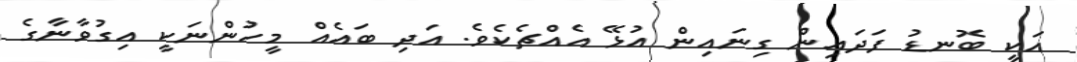
އަކީ ބޮނޑު ފަދައިން ގިނައިން އުޅޭ އެއްޗެކެވެ. އަދި ބައެއް މީހުންނަކީ އިގުވާނާގެ